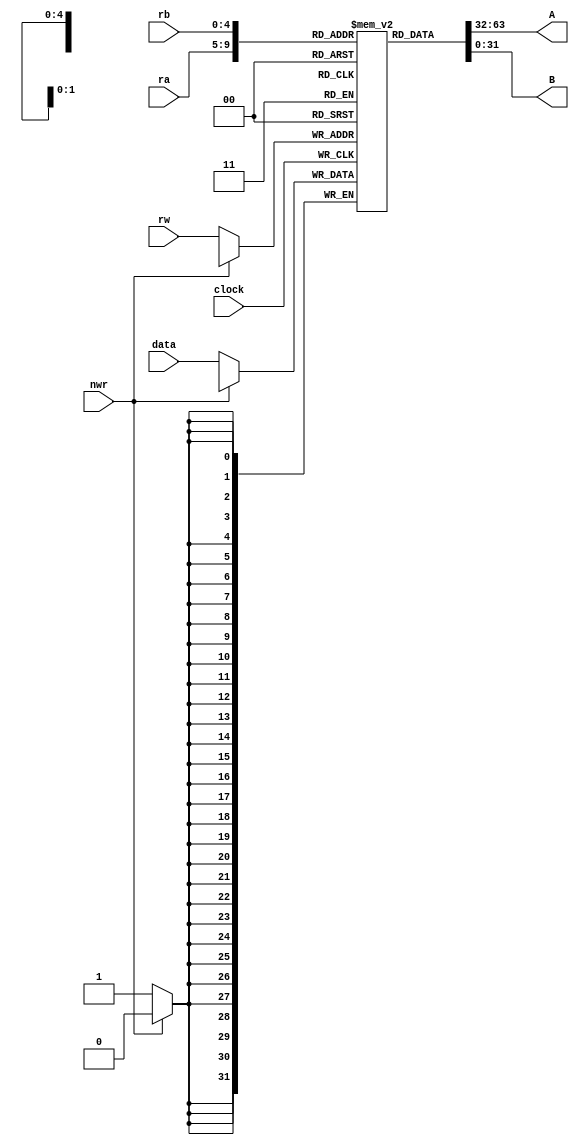
`timescale 10ns/10ns
//-------------------------------------------------------
// Title        : Register Files.
// Library      : nanoLADA
// Purpose      : Computer Architecture, Design and Verfication
// Developers   : Krerk Piromsopa, Ph. D.
//              : Chulalongkorn University.
module regfile(A, B, data, ra, rb, rw, nwr, clock);
output	[31:0]	A;
output	[31:0]	B;
input 	[31:0]	data;
input 	[4:0]	ra, rb, rw;
input			nwr;
input			clock;

reg		[31:0] regs[31:0];

assign A = regs[ra];
assign B = regs[rb];

integer i;

initial
begin
	for(i=0;i<32;i=i+1)
	begin
		regs[i]=0;
	end
end

always @(posedge clock)
begin
	$display("%10d - A(REG[%d]) -  %h, B(REG[%d]) -  %h\n",$time, ra,A,rb,B);
	if (nwr==0) 
	begin
		regs[rw] = data;
		$display("%10d - REG[%d] <- %h",$time, rw, data);
	end		
end

endmodule